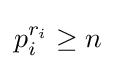
p_{i}^{r_{i}}\geq n